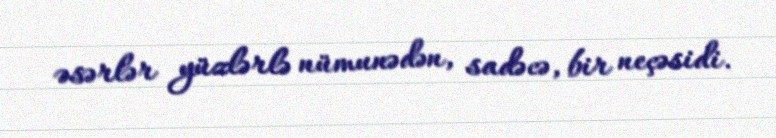
əsərlər yüzlərlə nümunədən, sadəcə, bir neçəsidi.